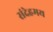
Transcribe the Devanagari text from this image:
संदेहमय